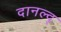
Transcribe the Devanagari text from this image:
दानल्द्